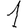
Digit: 1